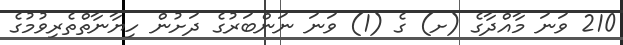
210 ވަނަ މާއްދާގެ (ށ) ގެ (1) ވަނަ ނަންބަރުގެ ދަށުން ހިޔާނާތްތެރިވުމުގެ